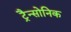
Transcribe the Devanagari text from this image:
ट्रैन्सोनिक